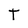
Character: T